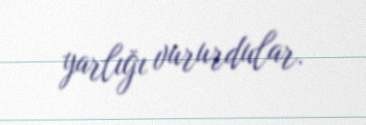
yarlığı vururdular.